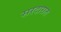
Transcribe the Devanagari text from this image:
सरदारात